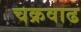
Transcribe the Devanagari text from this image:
चक्रवाढ